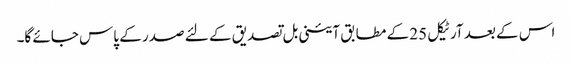
اس کے بعد آرٹیکل 25 کے مطابق آئینی بل تصدیق کے لئے صدر کے پاس جائے گا۔